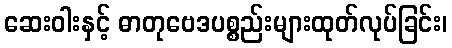
ဆေးဝါးနှင့် ဓာတုဗေဒပစ္စည်းများထုတ်လုပ်ခြင်း၊